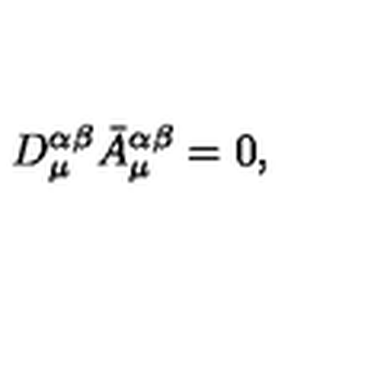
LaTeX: D _ { \mu } ^ { \alpha \beta } \bar { A } _ { \mu } ^ { \alpha \beta } = 0 ,